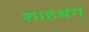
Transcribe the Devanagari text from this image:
शाहबंग